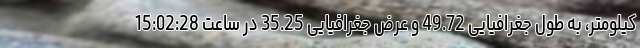
کیلومتر، به طول جغرافیایی 49.72 و عرض جغرافیایی 35.25 در ساعت 15:02:28